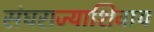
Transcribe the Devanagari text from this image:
संघराज्याशिवाय